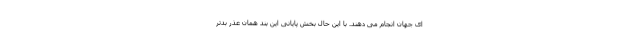
ای جهان انجام می دهند. با این حال بخش پایانی این بند همان عذر بدتر